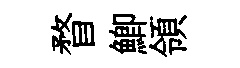
瞀鯽領